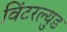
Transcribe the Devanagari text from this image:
विंटरल्युड